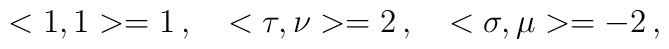
<1,1>=1\,, \ \ \ <\tau ,\nu >=2\,, \ \ \ <\sigma ,\mu >=-2\,,